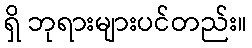
ရှိ ဘုရားများပင်တည်း။